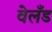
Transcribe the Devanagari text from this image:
वेलँड